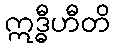
ဣဒ္ဓီဟီတိ